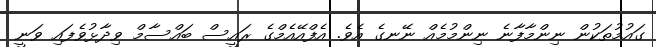
ގައުމުތަކުން ނިންމާފާނެ ނިންމުމެއް ނޭނގެ އެވެ. އެފްއޭއެމްގެ ރައީސް ބައްސާމް ވިދާޅުވެފައި ވަނީ